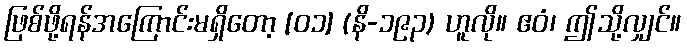
ဖြစ်ဖို့ရန်အကြောင်းမရှိတော့ [၀၁] (နိ-၁၉၃) ဟူလို။ ဧဝံ၊ ဤသို့လျှင်။